Investigations on Bengal jail dietaries - Number 37
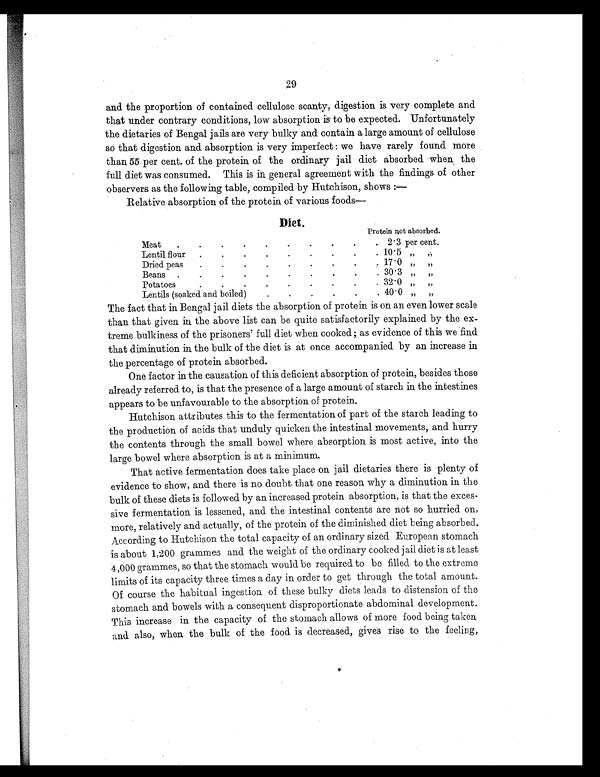
29
and the proportion of contained cellulose scanty, digestion is very complete and
that under contrary conditions, low absorption is to be expected. Unfortunately
the dietaries of Bengal jails are very bulky and contain a large amount of cellulose
so that digestion and absorption is very imperfect : we have rarely found more
than 55 per cent. of the protein of the ordinary jail diet absorbed when the
full diet was consumed. This is in general agreement with the findings of other
observers as the following table, compiled by Hutchison, shows :—
Relative absorption of the protein of various foods
—
Diet.
Protein not absorbed.
Meat
2.3 per cent.
Lentil flour
10.5
” ”
Dried peas
17.0
”
”
Beans
30.3
”
”
Potatoes
32.0
” ”
Lentils (soaked and boiled)
40.0
”
”
The fact that in Bengal jail diets the absorption of protein is on an even lower scale
than that given in the above list can be quite satisfactorily explained by the ex-
treme bulkiness of the prisoners' full diet when cooked ; as evidence of this we find
that diminution in the bulk of the diet is at once accompanied by an increase in
the percentage of protein absorbed.
One factor in the causation of this deficient absorption of protein, besides those
already referred to, is that the presence of a large amount of starch in the intestines
appears to be unfavourable to the absorption of protein.
Hutchison attributes this to the fermentation of part of the starch leading to
the production of acids that unduly quicken the intestinal movements, and hurry
the contents through the small bowel where absorption is most active, into the
large bowel where absorption is at a minimum.
That active fermentation does take place on jail dietaries there is plenty of
evidence to show, and there is no doubt that one reason, why a diminution in the
bulk of these diets is followed by an increased protein absorption, is that the exces-
sive fermentation is lessened, and the intestinal contents are not so hurried on,
more, relatively and actually, of the protein of the diminished diet being absorbed.
According to Hutchison the total capacity of an ordinary sized European stomach
is about 1,200 grammes and the weight of the ordinary cooked jail diet is at least
4,000 grammes, so that the stomach would be required to be filled to the extreme
limits of its capacity three times a day in order to get through the total amount.
Of course the habitual ingestion of these bulky diets leads to distension of the
stomach and bowels with a consequent disproportionate abdominal development.
This increase in the capacity of the stomach allows of more food being taken
and also, when the bulk of the food is decreased, gives rise to the feeling,